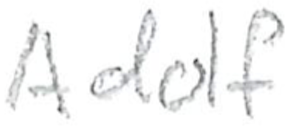
Text: Adolf
Cross-out: clean
Writing tool: pencil